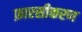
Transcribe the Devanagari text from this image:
फ़ारसीकरण